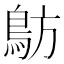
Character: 䲱